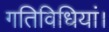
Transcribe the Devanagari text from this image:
गतिविधियां।